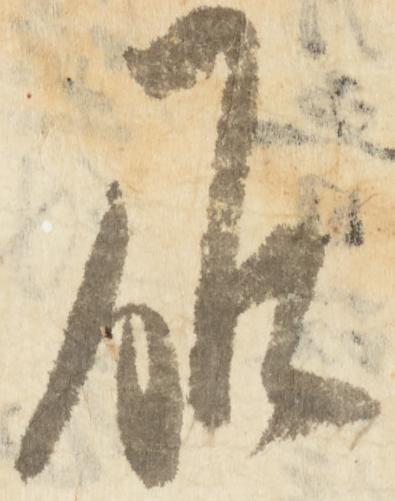
候